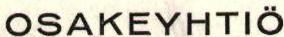
OSAKEYHTIÖ